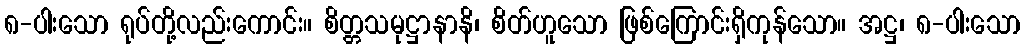
၈-ပါးသော ရုပ်တို့လည်းကောင်း။ စိတ္တသမုဋ္ဌာနာနိ၊ စိတ်ဟူသော ဖြစ်ကြောင်းရှိကုန်သော။ အဋ္ဌ၊ ၈-ပါးသော